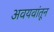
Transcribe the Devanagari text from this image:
अवयवांतून